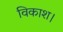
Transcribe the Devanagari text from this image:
विकाश।